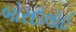
બોરદોલોઈ